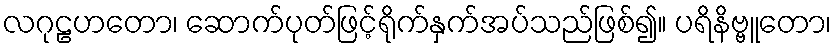
လဂုဠဟတော၊ ဆောက်ပုတ်ဖြင့်ရိုက်နှက်အပ်သည်ဖြစ်၍။ ပရိနိဗ္ဗူတော၊